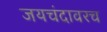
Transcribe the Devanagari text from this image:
जयचंदावरच